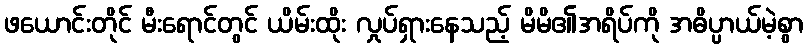
ဖယောင်းတိုင် မီးရောင်တွင် ယိမ်းထိုး လှုပ်ရှားနေသည့် မိမိ၏အရိပ်ကို အဓိပ္ပာယ်မဲ့စွာ